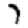
Digit: 7